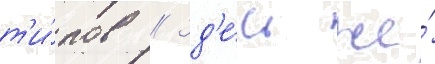
т'и́пов // Зд'е́сь же́